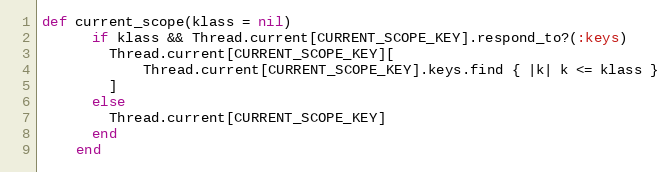
Language: Ruby
def current_scope(klass = nil)
      if klass && Thread.current[CURRENT_SCOPE_KEY].respond_to?(:keys)
        Thread.current[CURRENT_SCOPE_KEY][
            Thread.current[CURRENT_SCOPE_KEY].keys.find { |k| k <= klass }
        ]
      else
        Thread.current[CURRENT_SCOPE_KEY]
      end
    end